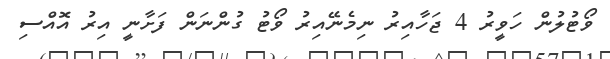
ވޯޓުލުން ހަވީރު 4 ޖަހާއިރު ނިމެނޭއިރު ވޯޓު ގުންނަން ފަށާނީ އިރު އޮއްސި